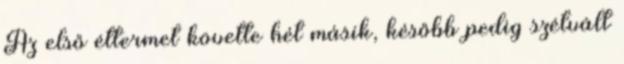
Az első éttermet követte hét másik, később pedig szétvált